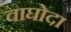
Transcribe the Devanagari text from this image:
वाघोदा